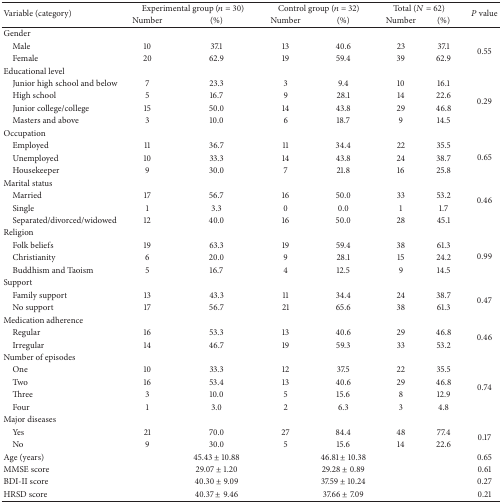
<table><thead><tr><td rowspan="2"><b>Variable (category) </b></td><td colspan="2"><b>Experimental group (<i>n</i> = 30) </b></td><td colspan="2"><b>Control group (<i>n</i> = 32)</b></td><td colspan="2"><b>Total (<i>N</i> = 62)</b></td><td rowspan="2"><b><i>P</i> value</b></td></tr><tr><td><b>Number</b></td><td><b> (%)</b></td><td><b>Number</b></td><td><b> (%)</b></td><td><b>Number</b></td><td><b>(%)</b></td></tr></thead><tbody><tr><td>Gender</td><td> </td><td> </td><td> </td><td> </td><td> </td><td> </td><td> </td></tr><tr><td> Male</td><td>10</td><td>37.1</td><td>13</td><td>40.6</td><td>23</td><td>37.1</td><td rowspan="2">0.55</td></tr><tr><td> Female</td><td>20</td><td>62.9</td><td>19</td><td>59.4</td><td>39</td><td>62.9</td></tr><tr><td>Educational level</td><td> </td><td> </td><td> </td><td> </td><td> </td><td> </td><td> </td></tr><tr><td> Junior high school and below</td><td>7</td><td>23.3</td><td>3</td><td>9.4</td><td>10</td><td>16.1</td><td rowspan="4">0.29</td></tr><tr><td> High school</td><td>5</td><td>16.7</td><td>9</td><td>28.1</td><td>14</td><td>22.6</td></tr><tr><td> Junior college/college</td><td>15</td><td>50.0</td><td>14</td><td>43.8</td><td>29</td><td>46.8</td></tr><tr><td> Masters and above</td><td>3</td><td>10.0</td><td>6</td><td>18.7</td><td>9</td><td>14.5</td></tr><tr><td>Occupation</td><td> </td><td> </td><td> </td><td> </td><td> </td><td> </td><td> </td></tr><tr><td> Employed</td><td>11</td><td>36.7</td><td>11</td><td>34.4</td><td>22</td><td>35.5</td><td rowspan="3">0.65</td></tr><tr><td> Unemployed</td><td>10</td><td>33.3</td><td>14</td><td>43.8</td><td>24</td><td>38.7</td></tr><tr><td> Housekeeper</td><td>9</td><td>30.0</td><td>7</td><td>21.8</td><td>16</td><td>25.8</td></tr><tr><td>Marital status</td><td> </td><td> </td><td> </td><td> </td><td> </td><td> </td><td> </td></tr><tr><td> Married</td><td>17</td><td>56.7</td><td>16</td><td>50.0</td><td>33</td><td>53.2</td><td rowspan="2">0.46</td></tr><tr><td> Single</td><td>1</td><td>3.3</td><td>0</td><td>0.0</td><td>1</td><td>1.7</td></tr><tr><td> Separated/divorced/widowed</td><td>12</td><td>40.0</td><td>16</td><td>50.0</td><td>28</td><td>45.1</td><td> </td></tr><tr><td>Religion</td><td> </td><td> </td><td> </td><td> </td><td> </td><td> </td><td> </td></tr><tr><td> Folk beliefs</td><td>19</td><td>63.3</td><td>19</td><td>59.4</td><td>38</td><td>61.3</td><td rowspan="3">0.99</td></tr><tr><td> Christianity</td><td>6</td><td>20.0</td><td>9</td><td>28.1</td><td>15</td><td>24.2</td></tr><tr><td> Buddhism and Taoism</td><td>5</td><td>16.7</td><td>4</td><td>12.5</td><td>9</td><td>14.5</td></tr><tr><td>Support</td><td> </td><td> </td><td> </td><td> </td><td> </td><td> </td><td> </td></tr><tr><td> Family support</td><td>13</td><td>43.3</td><td>11</td><td>34.4</td><td>24</td><td>38.7</td><td rowspan="2">0.47</td></tr><tr><td> No support</td><td>17</td><td>56.7</td><td>21</td><td>65.6</td><td>38</td><td>61.3</td></tr><tr><td>Medication adherence </td><td> </td><td> </td><td> </td><td> </td><td> </td><td> </td><td> </td></tr><tr><td> Regular</td><td>16</td><td>53.3</td><td>13</td><td>40.6</td><td>29</td><td>46.8</td><td rowspan="2">0.46</td></tr><tr><td> Irregular</td><td>14</td><td>46.7</td><td>19</td><td>59.3</td><td>33</td><td>53.2</td></tr><tr><td>Number of episodes</td><td> </td><td> </td><td> </td><td> </td><td> </td><td> </td><td> </td></tr><tr><td> One</td><td>10</td><td>33.3</td><td>12</td><td>37.5</td><td>22</td><td>35.5</td><td rowspan="4">0.74</td></tr><tr><td> Two</td><td>16</td><td>53.4</td><td>13</td><td>40.6</td><td>29</td><td>46.8</td></tr><tr><td> Three</td><td>3</td><td>10.0</td><td>5</td><td>15.6</td><td>8</td><td>12.9</td></tr><tr><td> Four</td><td>1</td><td>3.0</td><td>2</td><td>6.3</td><td>3</td><td>4.8</td></tr><tr><td>Major diseases</td><td> </td><td> </td><td> </td><td> </td><td> </td><td> </td><td> </td></tr><tr><td> Yes</td><td>21</td><td>70.0</td><td>27</td><td>84.4</td><td>48</td><td>77.4</td><td rowspan="2">0.17</td></tr><tr><td> No</td><td>9</td><td>30.0</td><td>5</td><td>15.6</td><td>14</td><td>22.6</td></tr><tr><td>Age (years)</td><td> </td><td>45.43 ± 10.88</td><td> </td><td>46.81 ± 10.38</td><td> </td><td> </td><td>0.65</td></tr><tr><td>MMSE score</td><td> </td><td>29.07 ± 1.20</td><td> </td><td>29.28 ± 0.89</td><td> </td><td> </td><td>0.61</td></tr><tr><td>BDI-II score</td><td> </td><td>40.30 ± 9.09</td><td> </td><td>37.59 ± 10.24</td><td> </td><td> </td><td>0.27</td></tr><tr><td>HRSD score</td><td> </td><td>40.37 ± 9.46</td><td> </td><td>37.66 ± 7.09</td><td> </td><td> </td><td>0.21</td></tr></tbody></table>